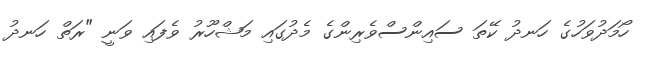
ހޯމަދުވަހުގެ ހަނދު ކޭތަ ސައިންސްވެރިންގެ މެދުގައި މަޝްހޫރު ވެފައި ވަނީ "ރަތް ހަނދު